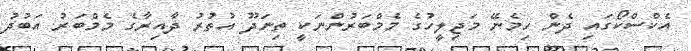
އެކްސްކޯގައި ދެން ހިމެނޭ މަޖިލީހުގެ މެމްބަރުންނަކީ ތިނަދޫ އުތުރު ދާއިރާގެ މެމްބަރު އަބުދު